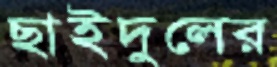
ছাইদুলের